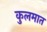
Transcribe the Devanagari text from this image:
कुलमात